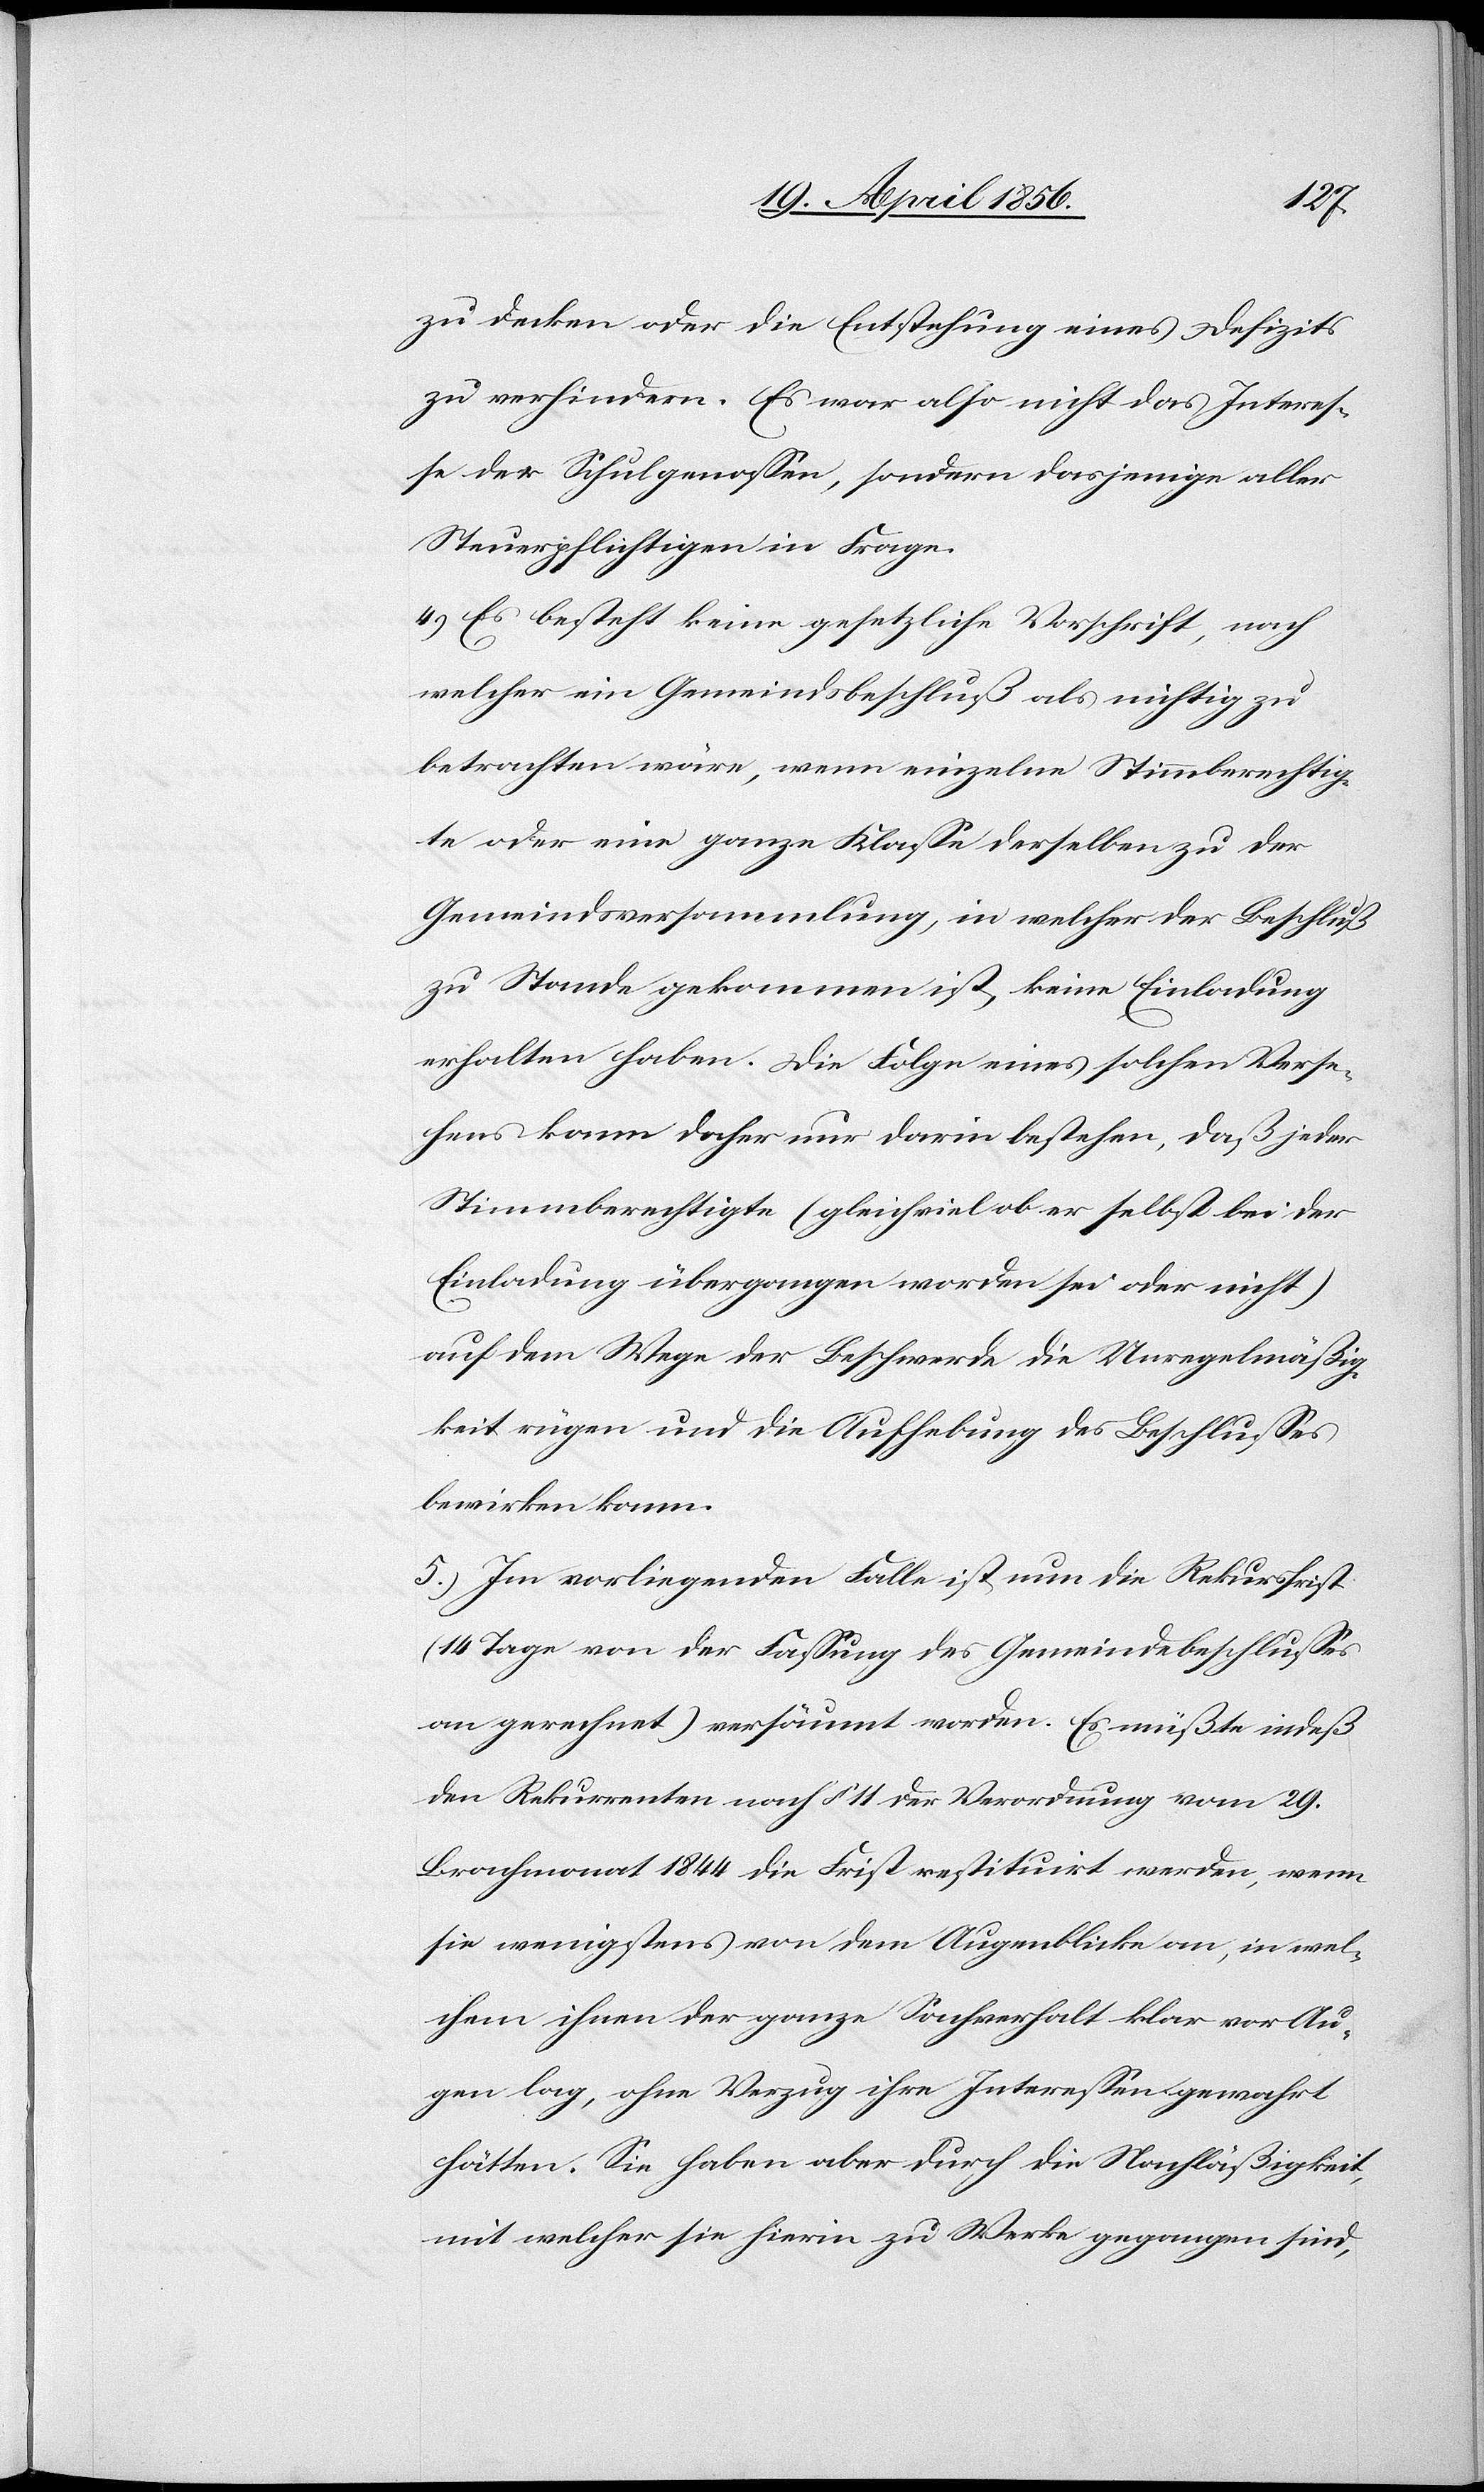
zu decken oder die Entstehung eines Defizits
zu verhindern. Es war also nicht das Interes¬
se der Schulgenossen, sondern dasjenige aller
Steuerpflichtigen in Frage.
4.) Es besteht keine gesetzliche Vorschrift, nach
welcher ein Gemeindsbeschluß als nichtig zu
betrachten wäre, wenn einzelne Stimmberechtig¬
te oder eine ganze Klasse derselben zu der
Gemeindsversammlung, in welcher der Beschluß
zu Stande gekommen ist, keine Einladung
erhalten haben. Die Folge eines solchen Verse¬
hens kann daher nur darin bestehen, daß jeder
Stimmberechtigte (gleichviel ob er selbst bei der
Einladung übergangen worden sei oder nicht)
auf dem Wege der Beschwerde die Unregelmäßig¬
keit rügen und die Aufhebung des Beschlusses
bewirken kann.
5.) Im vorliegenden Falle ist nun die Rekursfrist
Tage von der Fassung des Gemeindebeschlusses
an gerechnet) versäumt worden. Es müßte indeß
den Rekurrenten nach § 11 der Verordnung vom 29.
Brachmonat 1844 die Frist restituirt werden, wenn
sie wenigstens von dem Augenblicke an, in wel¬
chem ihnen der ganze Sachverhalt klar vor Au¬
gen lag, ohne Verzug ihre Interessen gewahrt
hätten. Sie haben aber durch die Nachläßigkeit,
mit welcher sie hierin zu Werke gegangen sind,